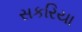
સકરિયા